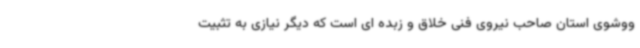
ووشوی استان صاحب نیروی فنی خلاق و زبده ای است که دیگر نیازی به تثبیت